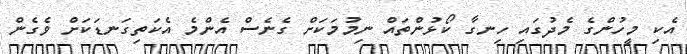
އެކި މީހުންގެ މެދުގައި ހިނގާ ކޯޅުންތައް ނިމުމަކަށް ގެނެސް އެންމެ އެކަތިގަނޑަކަށް ވެގެން